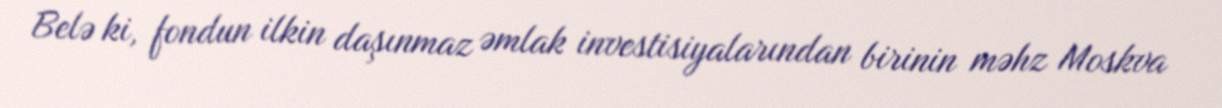
Belə ki, fondun ilkin daşınmaz əmlak investisiyalarından birinin məhz Moskva